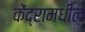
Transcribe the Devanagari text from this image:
केंद्रामधील